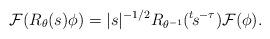
LaTeX: \begin{align*}\mathcal{F}(R_\theta(s)\phi)=|s|^{-1/2}R_{\theta^{-1}}({}^t\!s^{-\tau})\mathcal{F}(\phi).\end{align*}